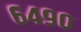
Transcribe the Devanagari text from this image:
६४९०